Tartu_Muinsuskaitse_Uhendus, lk 6
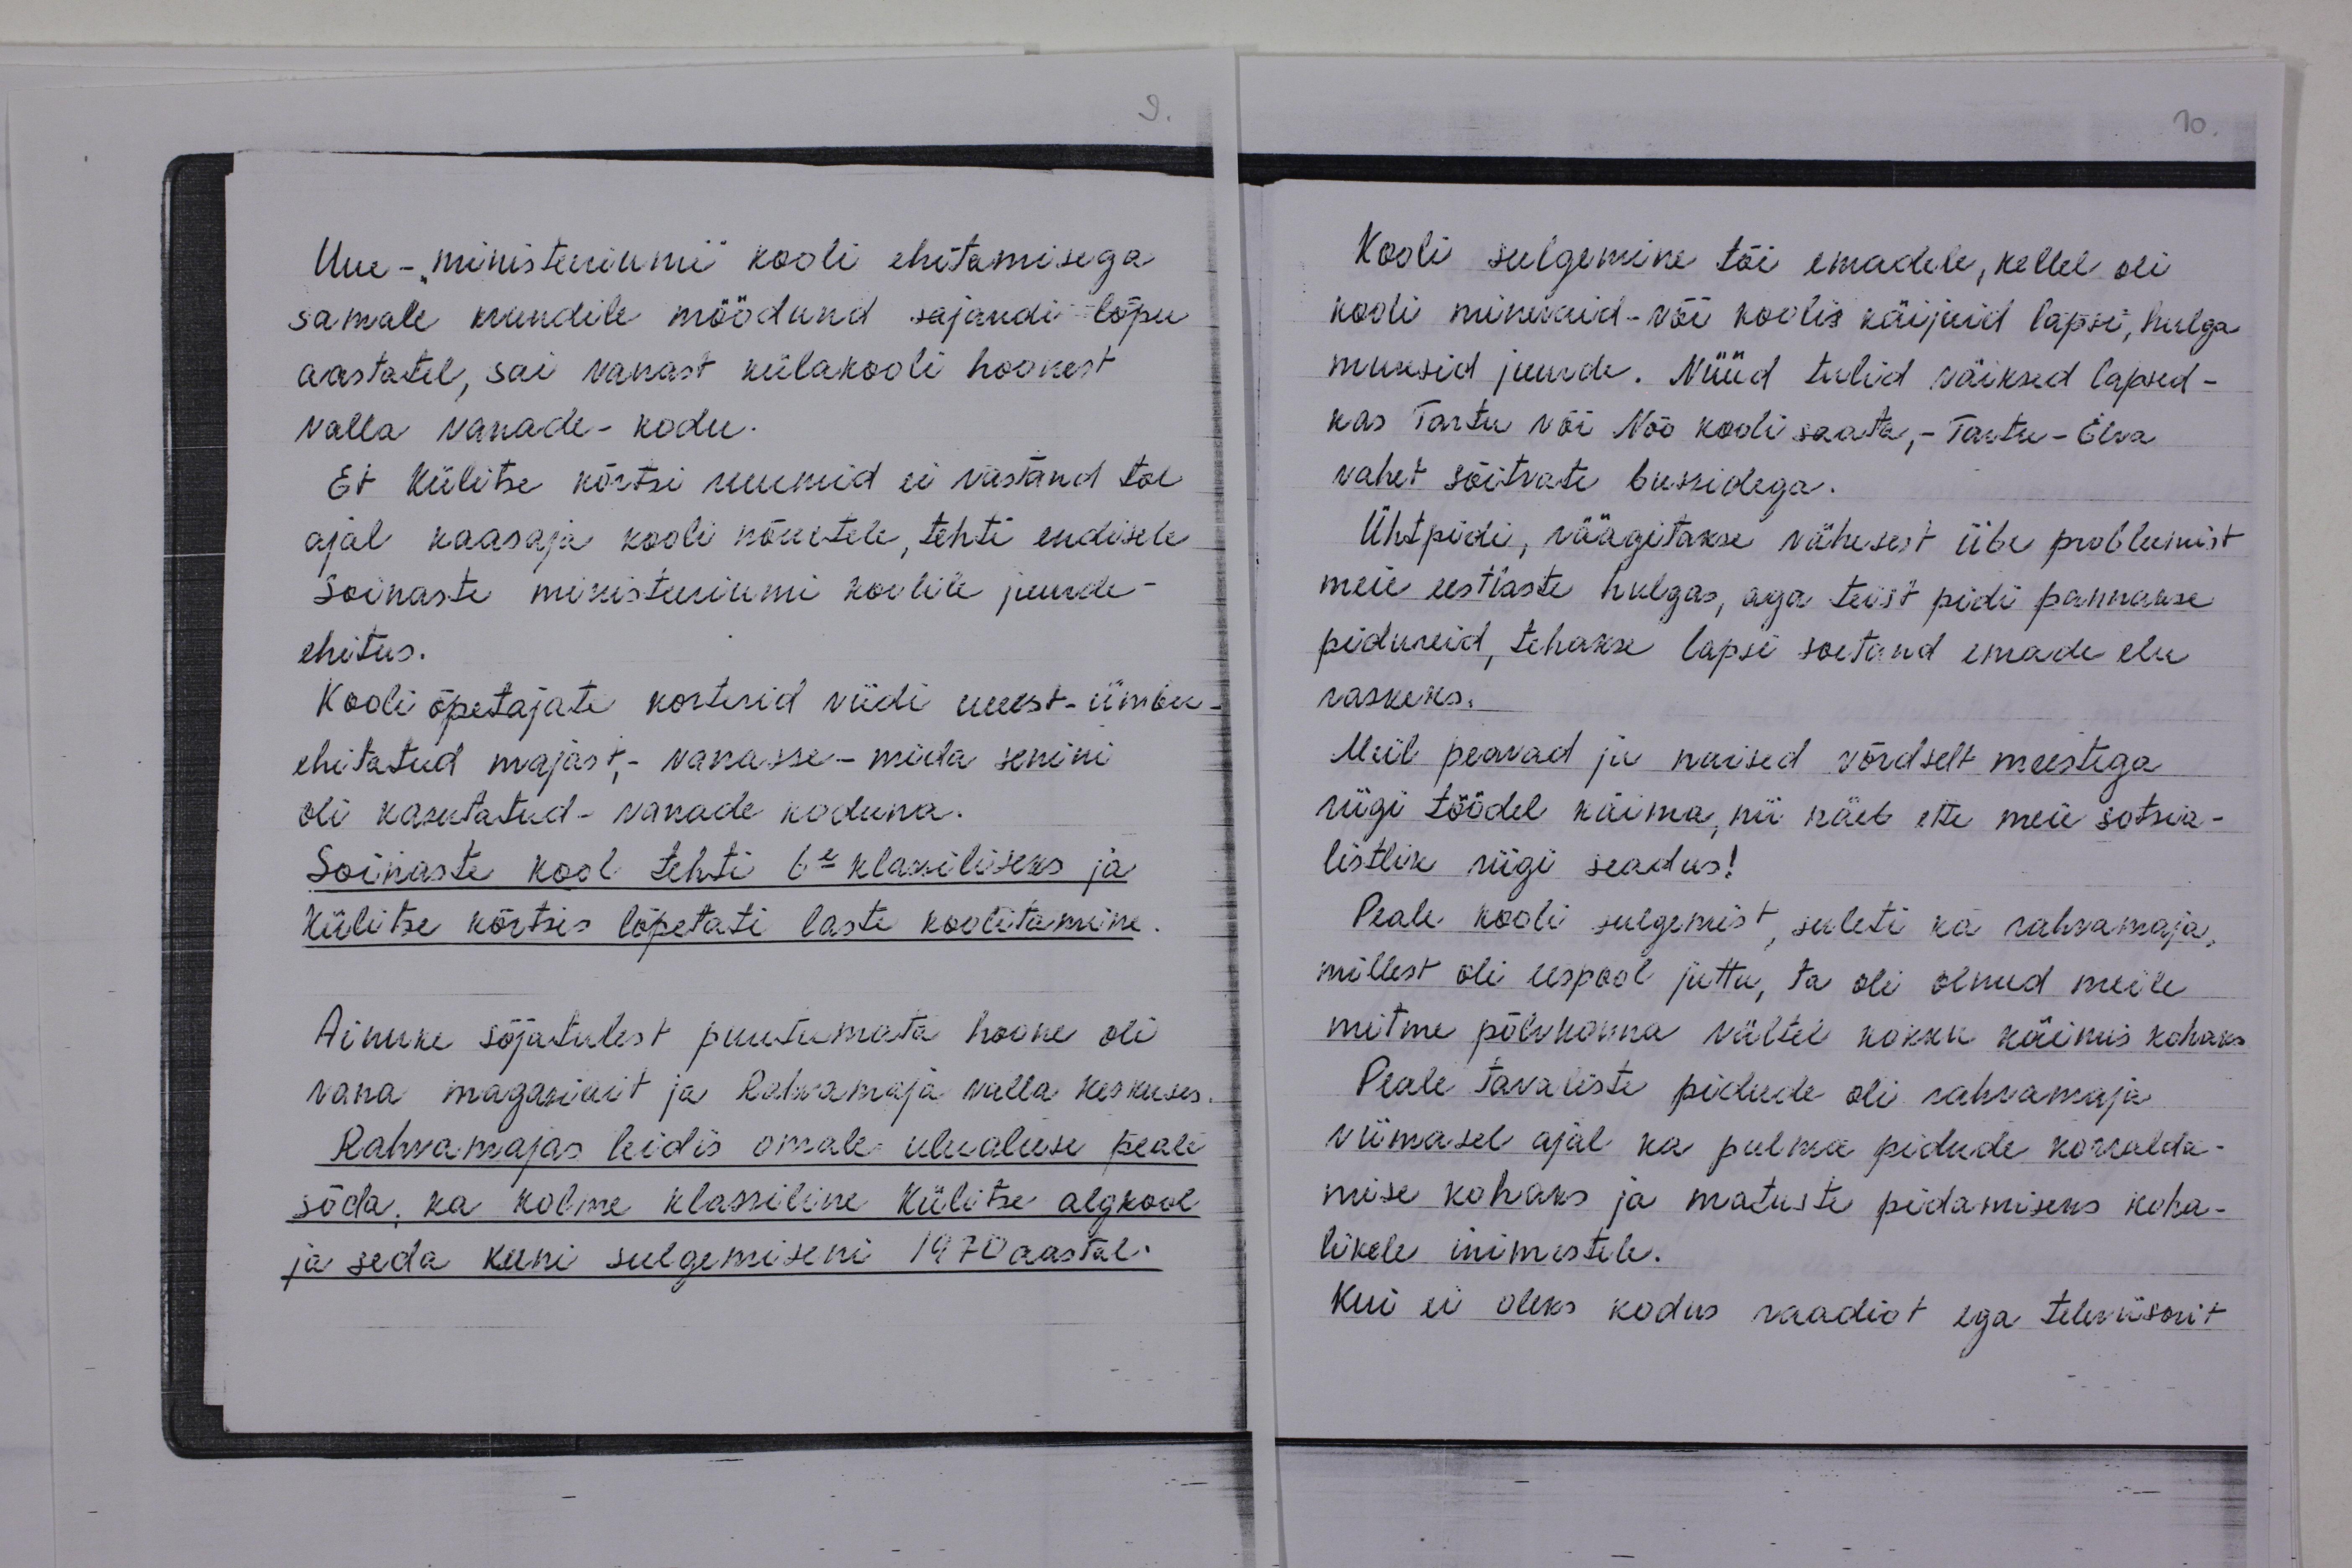
Uue- "ministeeriumi" kooli ehitamisega
samale krundile möödund sajandi lõpu.
aastatel, sai vanast külakooli hoonest
valla vanade-kodu.
Et Külitse kõrtsi ruumid ei vastand tol
ajal kaasaja kooli nõuetele, tehti endisele
Soinaste ministeeriumi koolile juurde-
ehitus.
Kooli õpetajate korterid viidi uuest- ümber
ehitatud majast,- vanasse - mida senini
oli kasutatud - vanade koduna.
Soinaste kool tehti 6e klassiliseks ja
Külitse kõrtsis lõpetati laste koolitamine
Ainuke sõjatulest puutumata hoone oli
vana magasiait ja Rahvamaja valla keskuses.
Rahvamajas leidis omale ulualuse peale
sõda, ka kolme klassiline Külitse algkool
ja seda kuni sulgemiseni 1970 aastal.

Kooli sulgemine tõi emadele, kellel oli
kooli minevaid-või koolis käijaid lapsi, hulga
muresid juurde. Nüüd tulid väiksed lapsed -
kas Tartu või Nõo kooli saata, - Tartu - Elva
vahet sõitvate bussidega.
Ühtpidi, räägitakse vähesest iibe probleemist
meie eestlaste hulgas, aga teist pidi pannakse
pidureid, tehakse lapsi soetand emade elu
raskeks.
Meil peavad ja naised võrdselt meestega
riigi töödel käima, nii näeb ette meie sotsia-
listlik riigi seadus!
Peale kooli sulgemist, suleti ka rahvamaja,
millest oli eespool juttu, ta oli olnud meile
mitme põlvkonna vältel kokku käimis kohaks
Peale tavaliste pidude oli rahvamaja
viimasel ajal ka pulma pidude korralda-
mise kohaks ja matuste pidamiseks koha-
likele inimestele.
Kui ei oleks kodus raadiot ega televiisorit